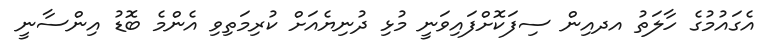
އެގައުމުގެ ހާލަތު އދއިން ސިފަކޮށްފައިވަނީ މުޅި ދުނިޔެއަށް ކުރިމަތިވި އެންމެ ބޮޑު އިންސާނީ